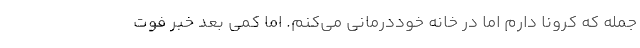
جمله که کرونا دارم اما در خانه خوددرمانی می‌کنم. اما کمی بعد خبر فوت